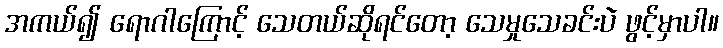
အကယ်၍ ရောဂါကြောင့် သေတယ်ဆိုရင်တော့ သေမှုသေခင်းပဲ ဖွင့်မှာပါ။